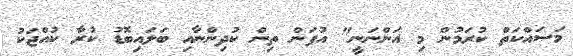
މަސައްކަތް ކުރަމުން މި އަންނަނީ" އުފަން ތިން ކުދިންނާއި ބަލައިބޮޑު ކުރާ ކުއްޖަކު